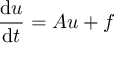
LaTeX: { \frac { \mathrm { d } u } { \mathrm { d } t } } = A u + f